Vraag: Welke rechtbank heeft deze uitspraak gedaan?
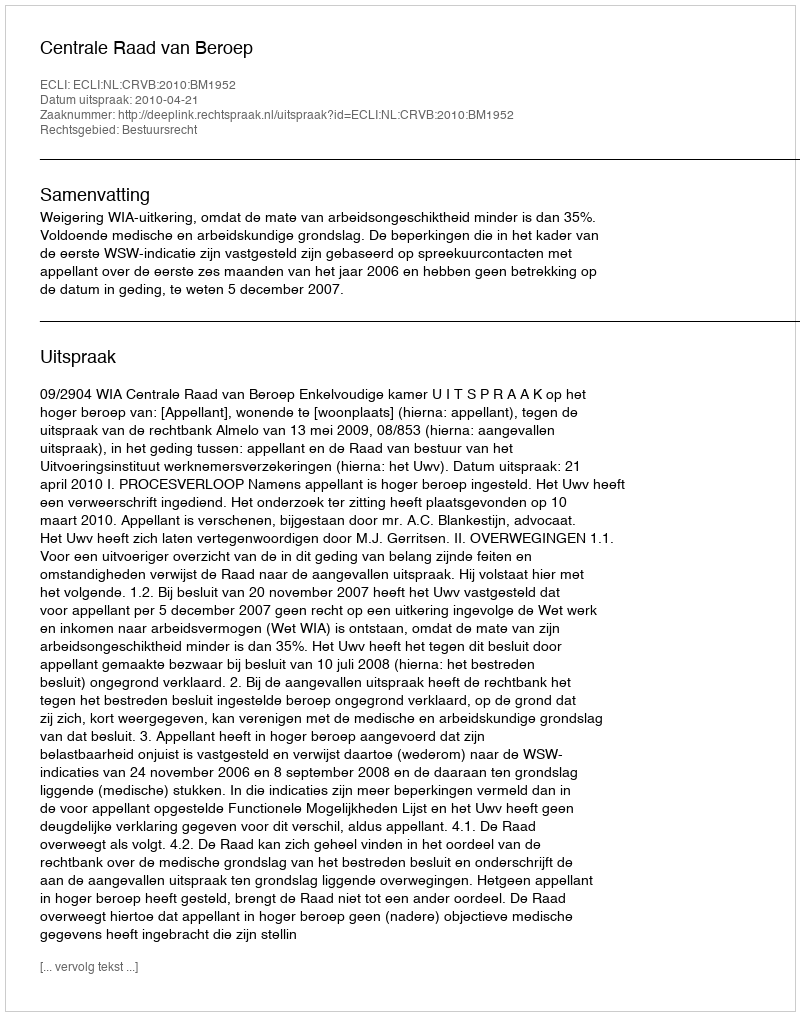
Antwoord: Centrale Raad van Beroep